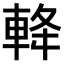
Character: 𨋪